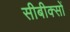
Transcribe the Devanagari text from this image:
सीबीक्सों